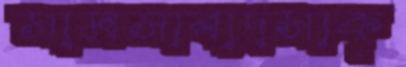
সামসাবাদসাক্